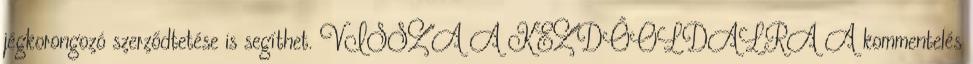
jégkorongozó szerződtetése is segíthet. VISSZA A KEZDŐOLDALRA A kommentelés